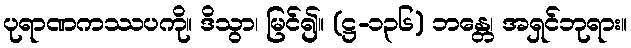
ပုရာဏကဿပကို။ ဒိသွာ၊ မြင်၍။ (ဋ္ဌ-၁၃၆) ဘန္တေ၊ အရှင်ဘုရား။